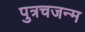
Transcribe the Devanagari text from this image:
पुत्रचजन्म